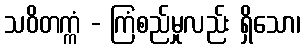
သဝိတက္ကံ - ကြံစည်မှုလည်း ရှိသော၊